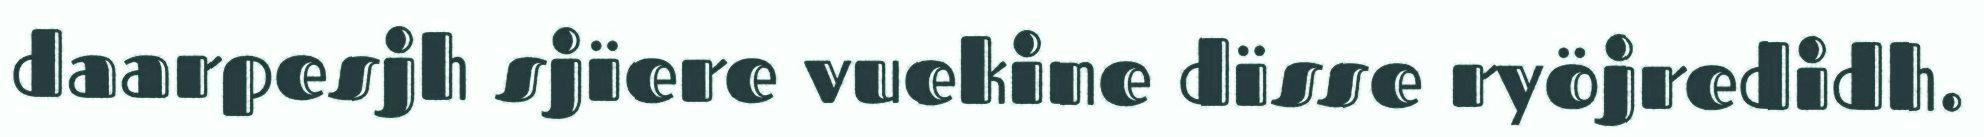
daarpesjh sjïere vuekine dïsse ryöjredidh.